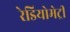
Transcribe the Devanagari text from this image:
रेडियोमेट्री